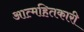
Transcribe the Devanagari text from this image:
आत्महितकारी